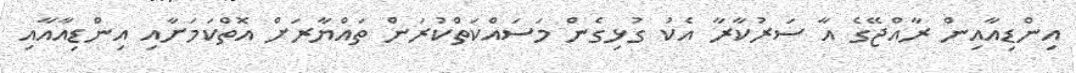
އިންޑިއާއިން ރާއްޖޭގެ އާ ސަރުކާރާ އެކު ގުޅިގެން މަސައްކަތްކުރަން ތައްޔާރަށް އޮތްކަމަށާއި އިންޑިއާއާއި